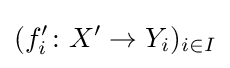
(f'_{i}\colon X'\to Y_{i})_{i\in I}